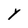
Character: Y